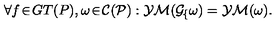
\mathrm { \large \forall } f \! \in \! G T ( P ) , \omega \! \in \! \cal C ( P ) : Y M ( G \! \sb f \omega ) = Y M ( \omega ) .